Civil Veterinary Dept. Bombay admin report 1907-1913 - 1907-1913
Year: 1907
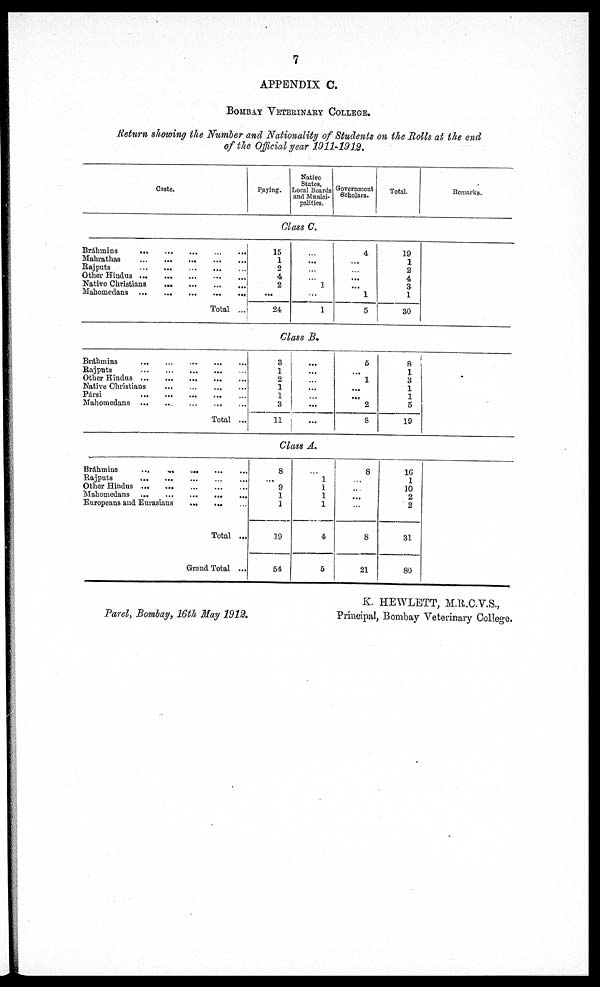
7
APPENDIX C.
BOMBAY VETERINARY COLLEGE.
Return showing the Number and Nationality of Students on the Rolls at the end
of the Official year 1011-1912.
Caste.
Paying.
Native
States,
Local Boards
and Munici-
palities.
Government
Scholars.
Total.
Remarks.
Class C.
Bráhmins ... ... ... ... ...
Mahrathas ... ... ... ... ... ...
Rajputs ... ... ... ... ... ...
Other Hindus ... ... ... ... ... ...
Native Christians ... ... ... ... ...
Mahomedans ... ... ... ... ... ...
Total ...
15
1
2
4
2
...
24
...
...
...
...
1
...
1
4
...
...
...
...
1
5
19
1
2
4
3
1
30
Class R.
Brahmins ... ... ... ... ...
Rajputs ... ... ... ... ... ...
Other Hindus ... ... ... ... ...
Native Christians ... ... ... ... ...
Pársi ... ... ... ... ...
Mahomedans ... ... ... ... ...
Total ...
3
1
2
1
1
3
11
...
...
...
...
...
...
...
5
...
1
...
...
2
8
8
1
3
1
1
5
19
Class A.
Bráhmins ... ... ... ... ... ...
Rajputs ... ... ... ... ... ...
Other Hindus ... ... ... ... ... ...
Mahomedans ... ... ... ... ... ...
Europeans and Eurasians ... ... ...
Total...
Grand Total ...
8
...
9
1
1
19
54
...
1
1
1
1
4
5
8
...
...
...
...
8
21
16
1
10
2
2
31
80
Parel, Bombay, 16th May 1912.
K. HEWLETT, M.R.C.V.S.,
Principal, Bombay Veterinary College.